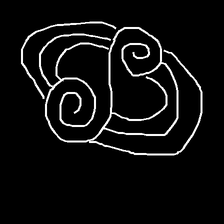
Glyph: wind-underfoot